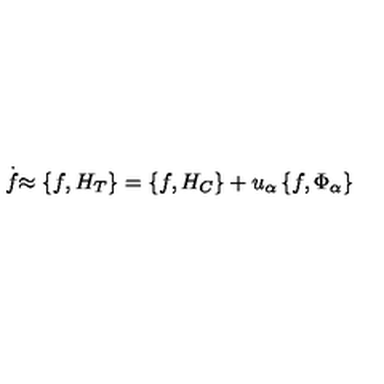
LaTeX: \stackrel { . } { f } \approx \left\{ f , H _ { T } \right\} = \left\{ f , H _ { C } \right\} + u _ { \alpha } \left\{ f , \Phi _ { \alpha } \right\}